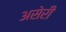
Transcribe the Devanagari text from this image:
असेरी